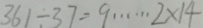
3 6 1 \div 3 7 = 9 \cdots 2 \times 1 4